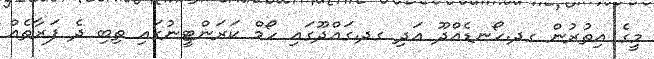
މީގެ އިތުރުން ގދ.ހޯނޑެއްދޫ އަދި ގދ.ގައްދޫގައި ހޯމް ކަރަންޓީނުގައި ތިބި ދެ ފަރާތެއް